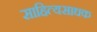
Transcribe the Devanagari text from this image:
साहित्यसाधक